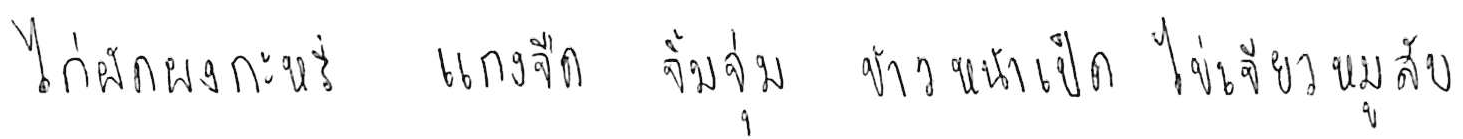
ไก่ผัดผงกะหรี่ แกงจืด จิ้มจุ่ม ข้าวหน้าเป็ด ไข่เจียวหมูสับ